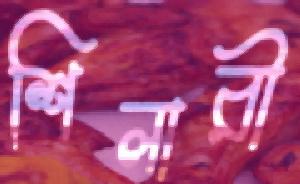
শিলারী